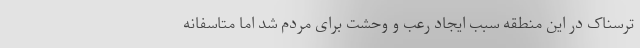
ترسناک در این منطقه سبب ایجاد رعب و وحشت برای مردم شد اما متاسفانه